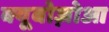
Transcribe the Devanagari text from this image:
क्यूबोज़ोआ